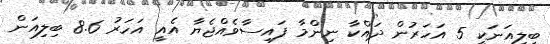
ބިލިއަނަކީ 5 އަހަރުން ދައްކާ ނިންމާ ފައިސާވެއްޖެޔާ އެއީ އަހަރު 8.6 ބިލިއަން